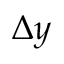
\Delta y